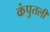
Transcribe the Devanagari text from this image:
कंपुतली